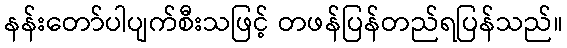
နန်းတော်ပါပျက်စီးသဖြင့် တဖန်ပြန်တည်ရပြန်သည်။